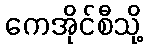
ကေအိုင်စီသို့